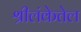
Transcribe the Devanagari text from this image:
श्रीलंकेतेल